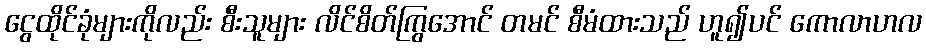
ငွေထိုင်ခုံများကိုလည်း စီးသူများ လိင်စိတ်ကြွအောင် တမင် စီမံထားသည် ဟူ၍ပင် ကောလာဟလ